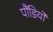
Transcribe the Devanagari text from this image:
पौंडियों